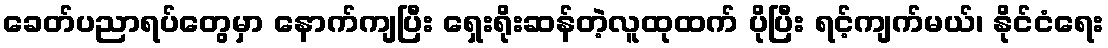
ခေတ်ပညာရပ်တွေမှာ နောက်ကျပြီး ရှေးရိုးဆန်တဲ့လူထုထက် ပိုပြီး ရင့်ကျက်မယ်၊ နိုင်ငံရေး